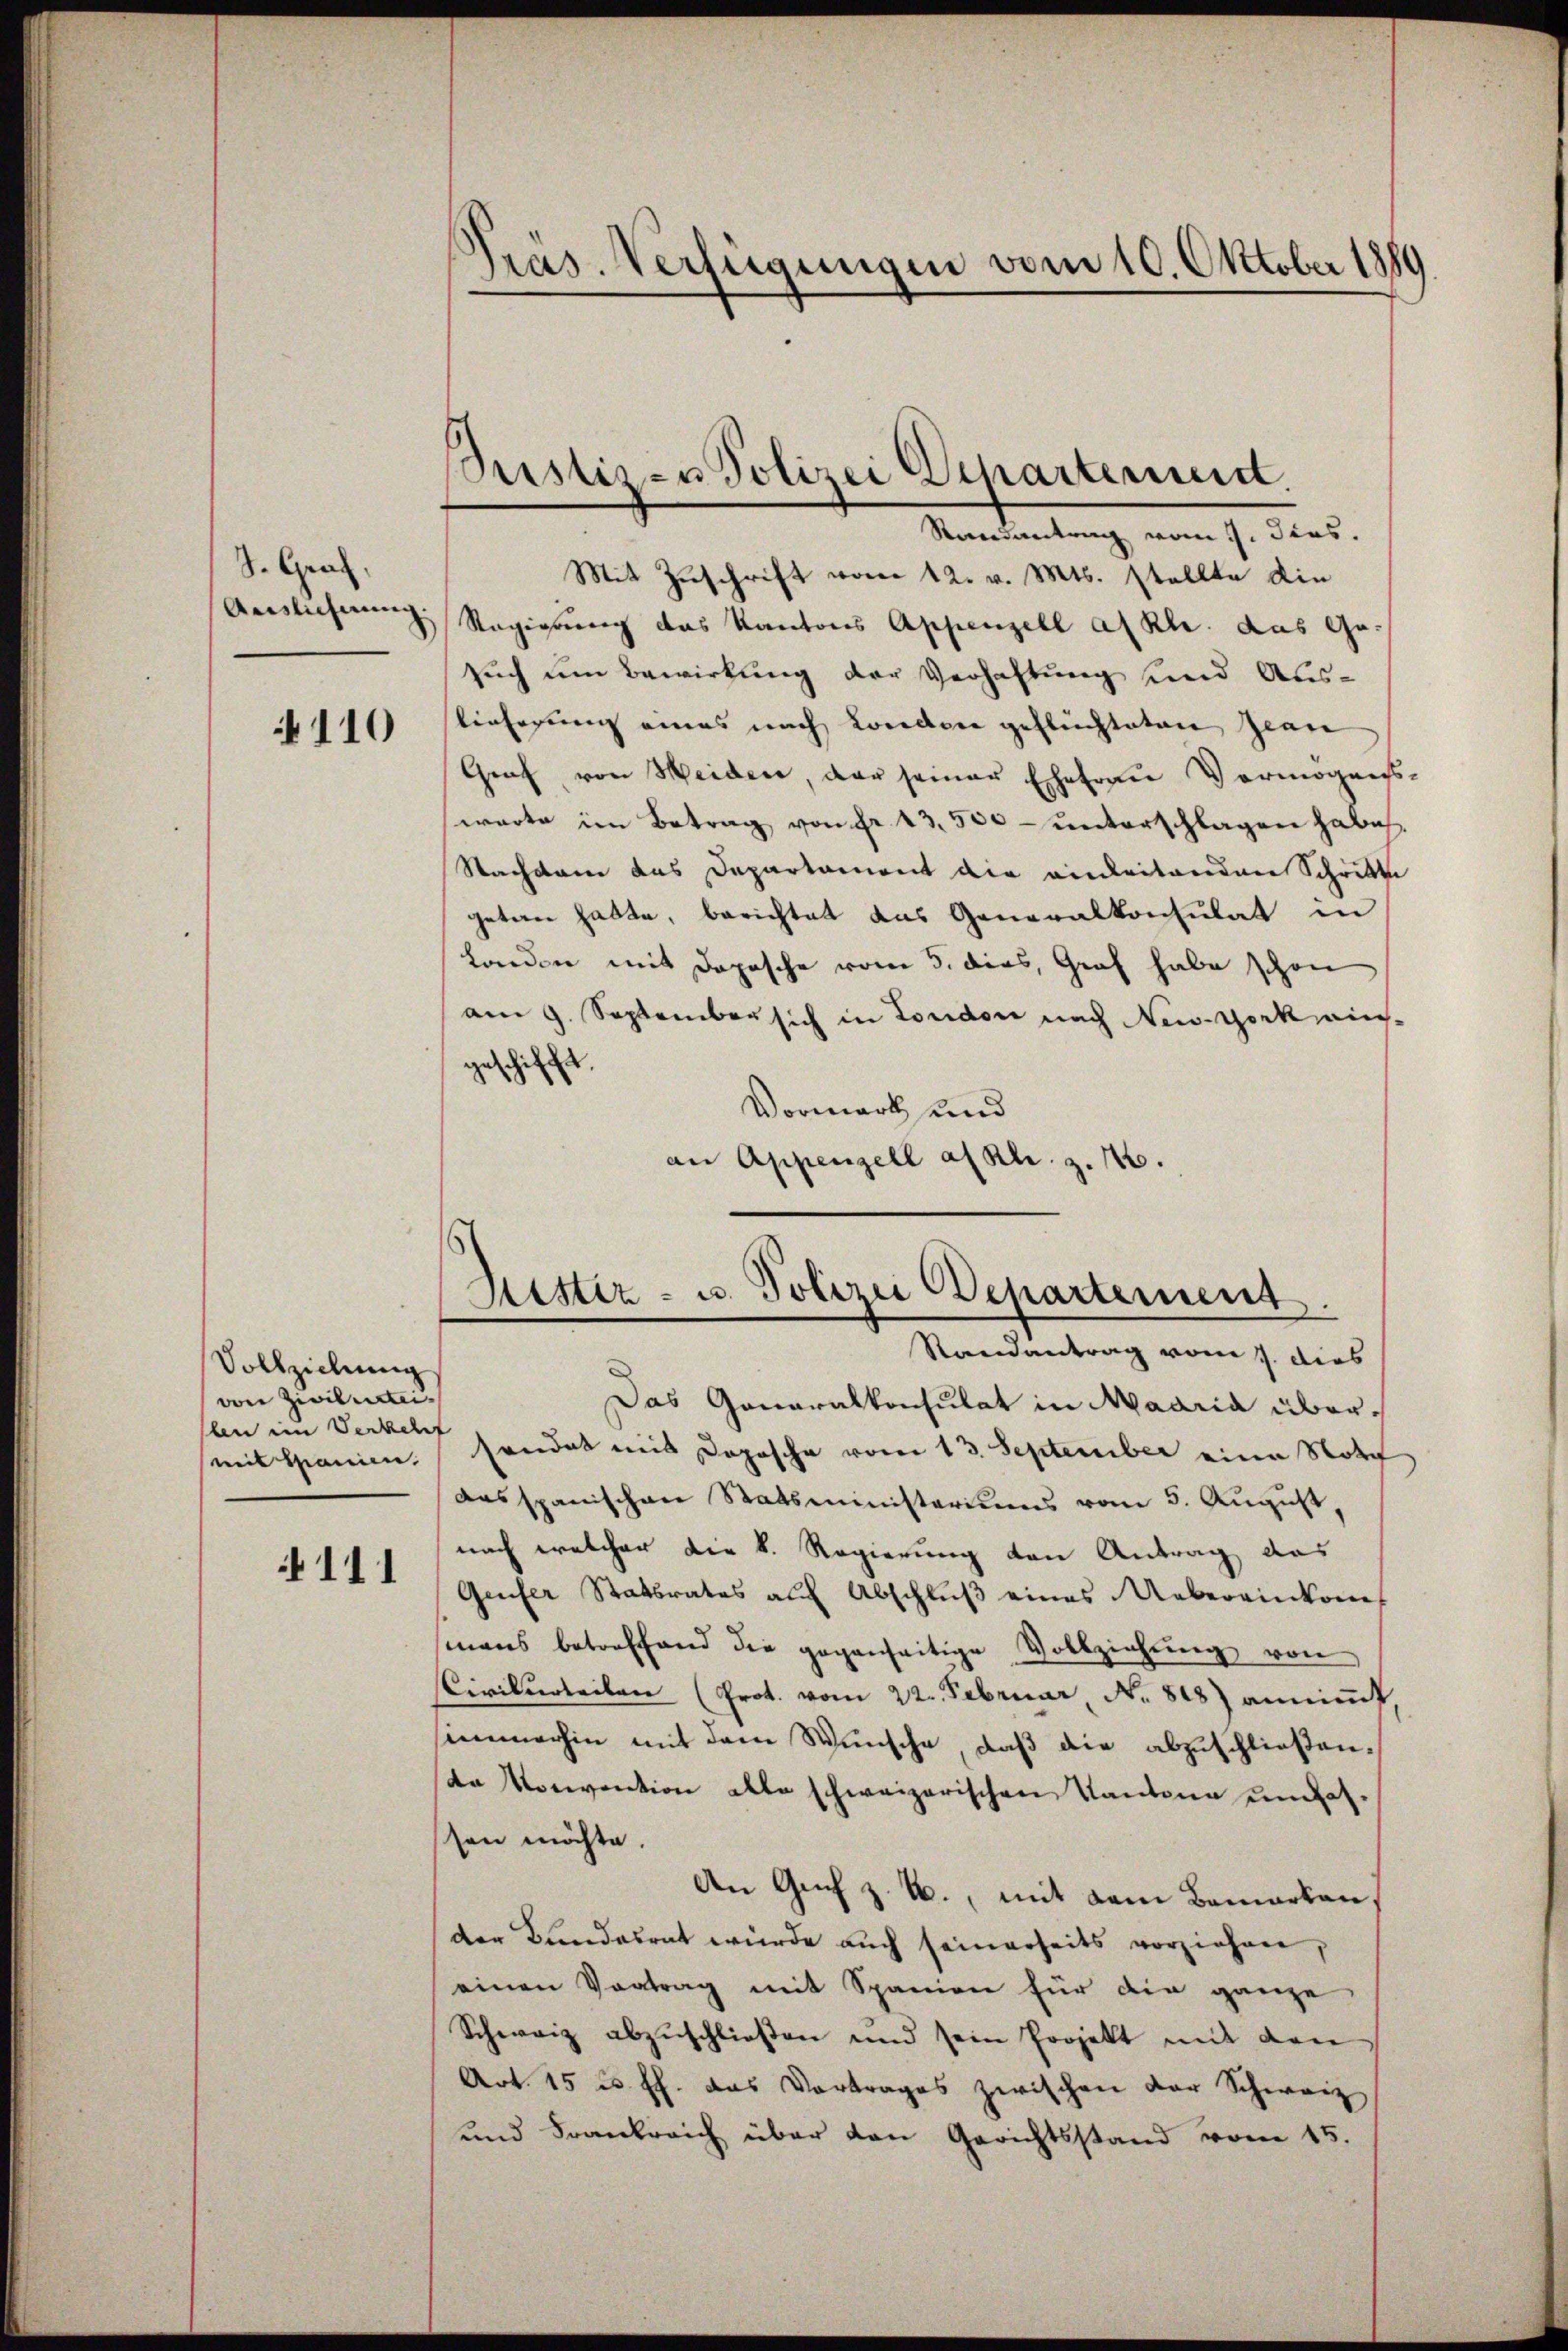
S. Graf,
Auslichnung.

4110

Vollziehung
von Zivilurtei-
len im Verkehrt

111

Pras. Verfügungen vom 10. Oktober 1889

Pristiz- u Polizei Departennitt.

Randantrag vom 1. Dies
Mit Zuschrift vom 12. v. Mts. stellte die
Regierung das Kantons Appenzell a/Rh. das Ge-
such um Bewirkung der Verhaltung und Aus-
lieferung eines nach Londere geflüchteten Jean
Graf von Weiden, der seiner Ehefrau Vermögens-
warte im Betrag von fr. 13,500 unterschlagen habe,
Nachdem das Departament die einleitenden Schritte
getan hatte, berichtet das Generalkonsulat in
Landen mit Dopische vom 5. dies, Graf habe schon
am 9. September sich in London nach New-York ins-
geschifft.
Vormark und
an Appenzell alkl. z. 16.

Ritter- u. Polizei Departement.
Randantrag vom 7. dies

Das Generalkonsulat in Maaria übermit Granien. sendet mit Dopische vom 13. September eine Nota
das spanischen Statsministeriums vom 5. August,
nach welcher die k. Regierung von Antrag das
Genfer Statsrates auf Abschlŭβ eines Uebereinkom
mans betreffend die gegenseitige Vollziehŭng von
CCivilurteilen (Prot. vom 22. Februar N. 848) annimmt
simmerhin mit dem Wunsche, daß die abzuschließende Norevention alle schweizerischen Kantone umfasssen möchte.
An Genf z. B., mit dem Bemerken,
der Bundesrat wurde auch seinerseits vorziehen,
einen Vortrag mit Spanien für die ganze
Schweiz abzuschliessen und sein Projekt mit den
Art. 15 u. ff. das Vortrages zwischen der Schweiz
und Frankreich über den Gerichtsstand vom 15.